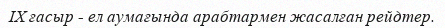
IX ғасыр - ел аумағында арабтармен жасалған рейдтер.